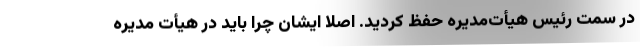
در سمت رئیس هیأت‌مدیره حفظ کردید. اصلاً ایشان چرا باید در هیأت مدیره